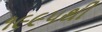
૧૯૯૫થી